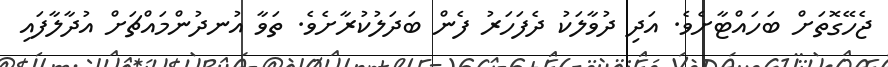
ޖެހޭގޮތަށް ބަހައްޓާށެވެ. އަދި ދުވާލަކު ދެފަހަރު ފެން ބަދަލުކުރާށެވެ. ތަވާ އުނދުންމައްޗަށް އުދާލާފައި